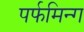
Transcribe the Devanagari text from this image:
पर्फमिन्ग